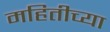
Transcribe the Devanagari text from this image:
महितीच्या